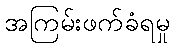
အကြမ်းဖက်ခံရမှု